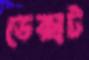
ডেক্সট